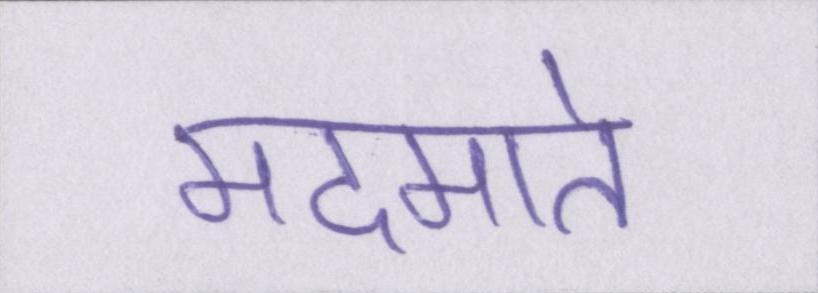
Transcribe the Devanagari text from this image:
मदमाते